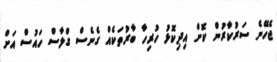
ޖެހޭނެ ސަރުކާރުން ކޮށް އިދިކޮޅު ހުރިހާ ބާރުތަކެއް ގެނެސް ގްލާސް ހައުސް އަށް